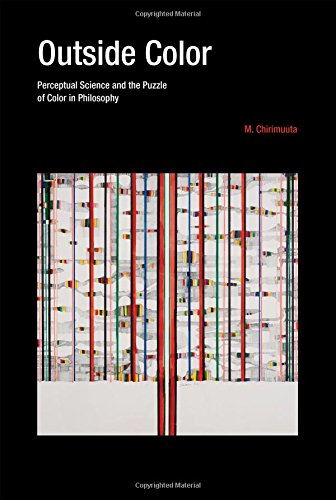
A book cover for Outside Color: Perceptual Science and the Puzzle of Color in Philosophy; M. Chirimuuta; Politics & Social Sciences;